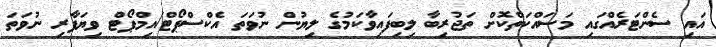
އައި ސެންޓަރެއްގައި މަސައްކަތްކޮށް ތަޖުރިބާ ލިބިފައިވާކަމުގެ ލިޔުން ނުވަތަ އެކްސްޕޯޓް/އިމްޕޯޓް ވިޔަފާރި ނުވަތަ